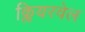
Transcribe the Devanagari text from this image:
क्लियरवेल